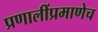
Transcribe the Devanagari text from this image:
प्रणालींप्रमाणेच